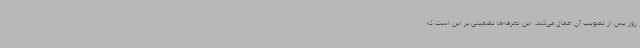
روز پس از تصویب آن اعمال می‌کند. این تعرفه‌ها تضمینی بر این است که